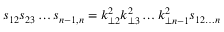
s _ { 1 2 } s _ { 2 3 } \ldots s _ { n - 1 , n } = k _ { \perp 2 } ^ { 2 } k _ { \perp 3 } ^ { 2 } \ldots k _ { \perp n - 1 } ^ { 2 } s _ { 1 2 \ldots n }